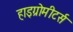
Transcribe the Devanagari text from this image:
हाइग्रोमीटर्स